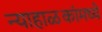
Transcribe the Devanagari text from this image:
न्याहाळकांमध्ये